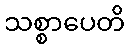
သစ္စာပေတိ